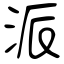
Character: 派